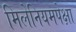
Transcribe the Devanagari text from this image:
मिलेनियमपेक्षा